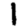
Digit: 1